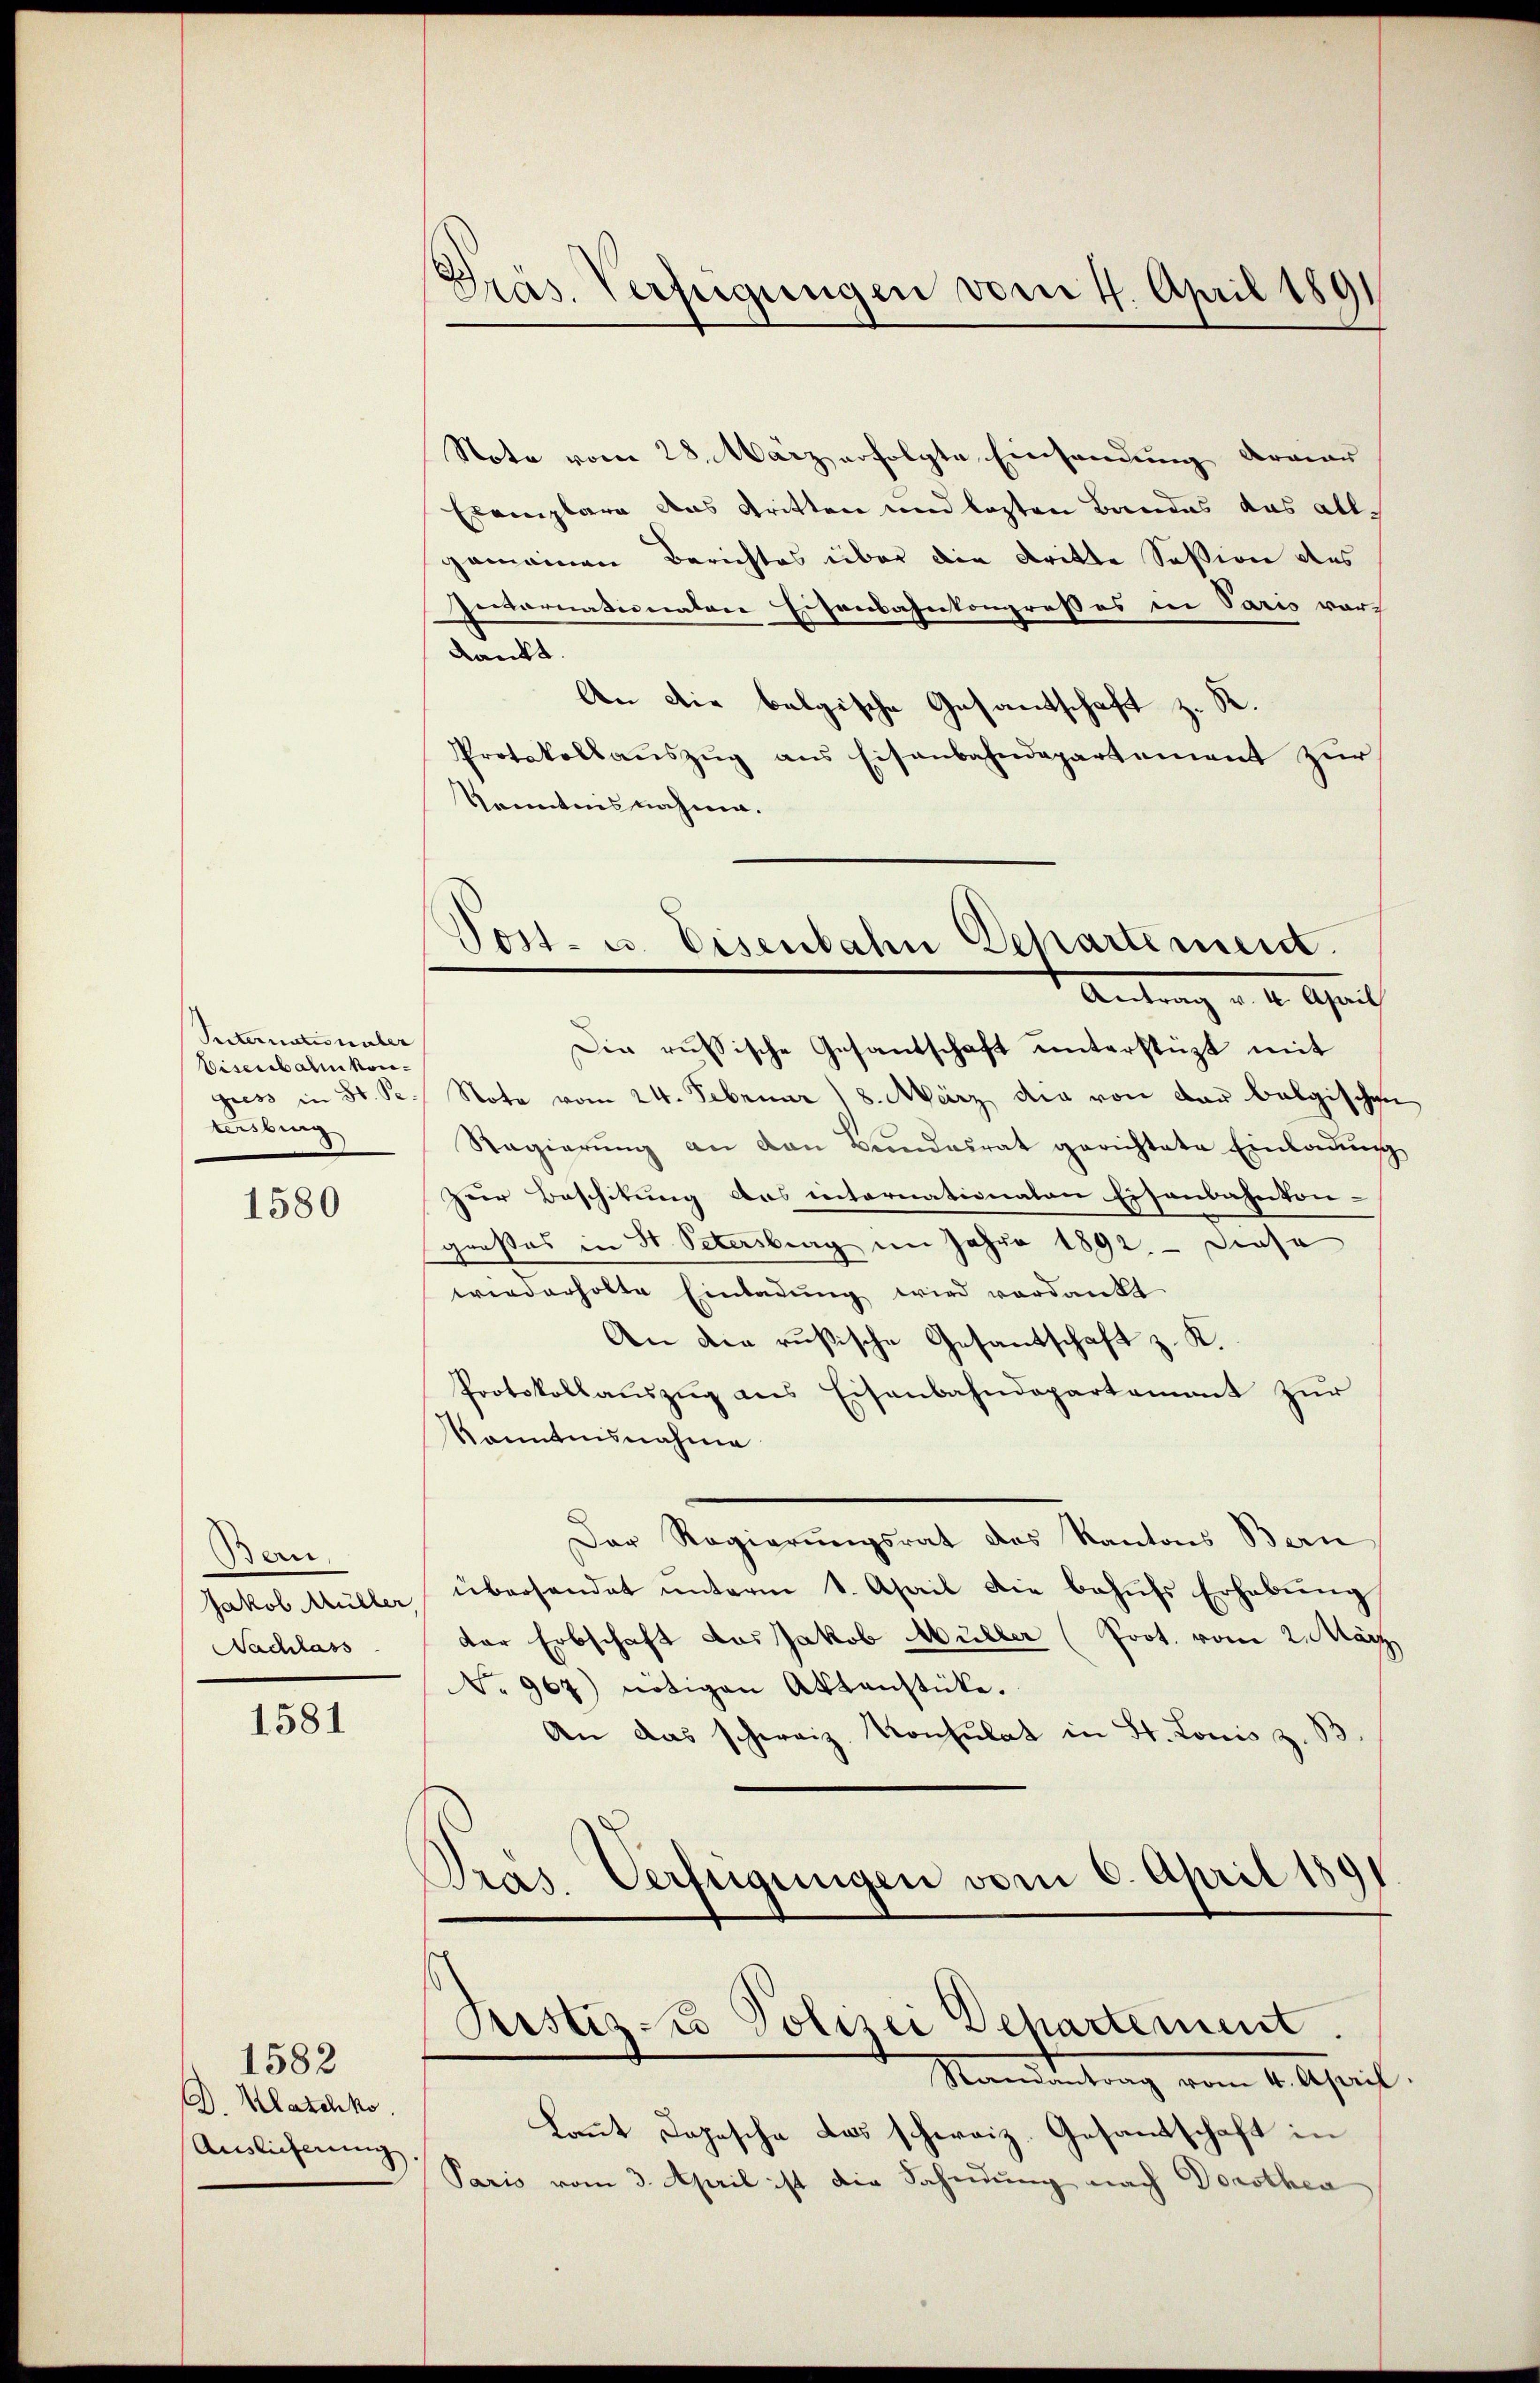
Suternationaler
Visenbahnkontersburg

1580

Bau,
Jakob Müller,
Nachlass

1581

D. Klaschko
Auslieferung

1582

Präs. Verfügungen vom 4. April 1891

Vost- u. Eisenbahn Departement.
Antrag v. 4. April

Note vom 28. März erfolgte Einsendung dermar
Exemplare das Gritten und lezten Bandes das allgemeinen Berichtes über die dritte Session des
gevarnationalen Eisenbahnkongresses in Paris vor
dankt.
An die belgische Gesandtschaft z. B.
Protokollauszug aus Eisenbahndepartement zur
Kenntnis nahme.
Die russische Gesandschaft unterstüzt mit
gress in St. Pr. Note vom 24. Februar 8. März die von der belgischen
Ragierung an den Bundesrat gerichtete Einladung
zur Beschitung das internationaten Eisenbahnkon-
großes in St. Petersburg im Jahre 1892. — Diese
wiederholte Einladung wird verdankt.
An die rusische Gesandtschaft z. K.
Protokollauszug aus Eisenbahndepartement zur
Kenntnisnahme
Der Regierungsrat des Kantons Bern
überhandet ŭnterm 1. April die behŭfs Erhabŭng
der Erbschaft das Jakob Müller (Prot. vom 2. März.
No 967) nötigen Aktenstücke.
An das schweiz. Konsulat in St. Louis z. B
Pras. Verfügungen vom 6. April 189

Sistiz zu Polizei Departement.
Standentrag vom 4. April.

kannt, Dopische das schweiz. Gesandschaft in
Paris vom 3. April ist die Sahndung nach Dorothea